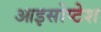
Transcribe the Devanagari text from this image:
आइसोप्टेश